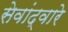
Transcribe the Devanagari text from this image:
सेवांद्वारे